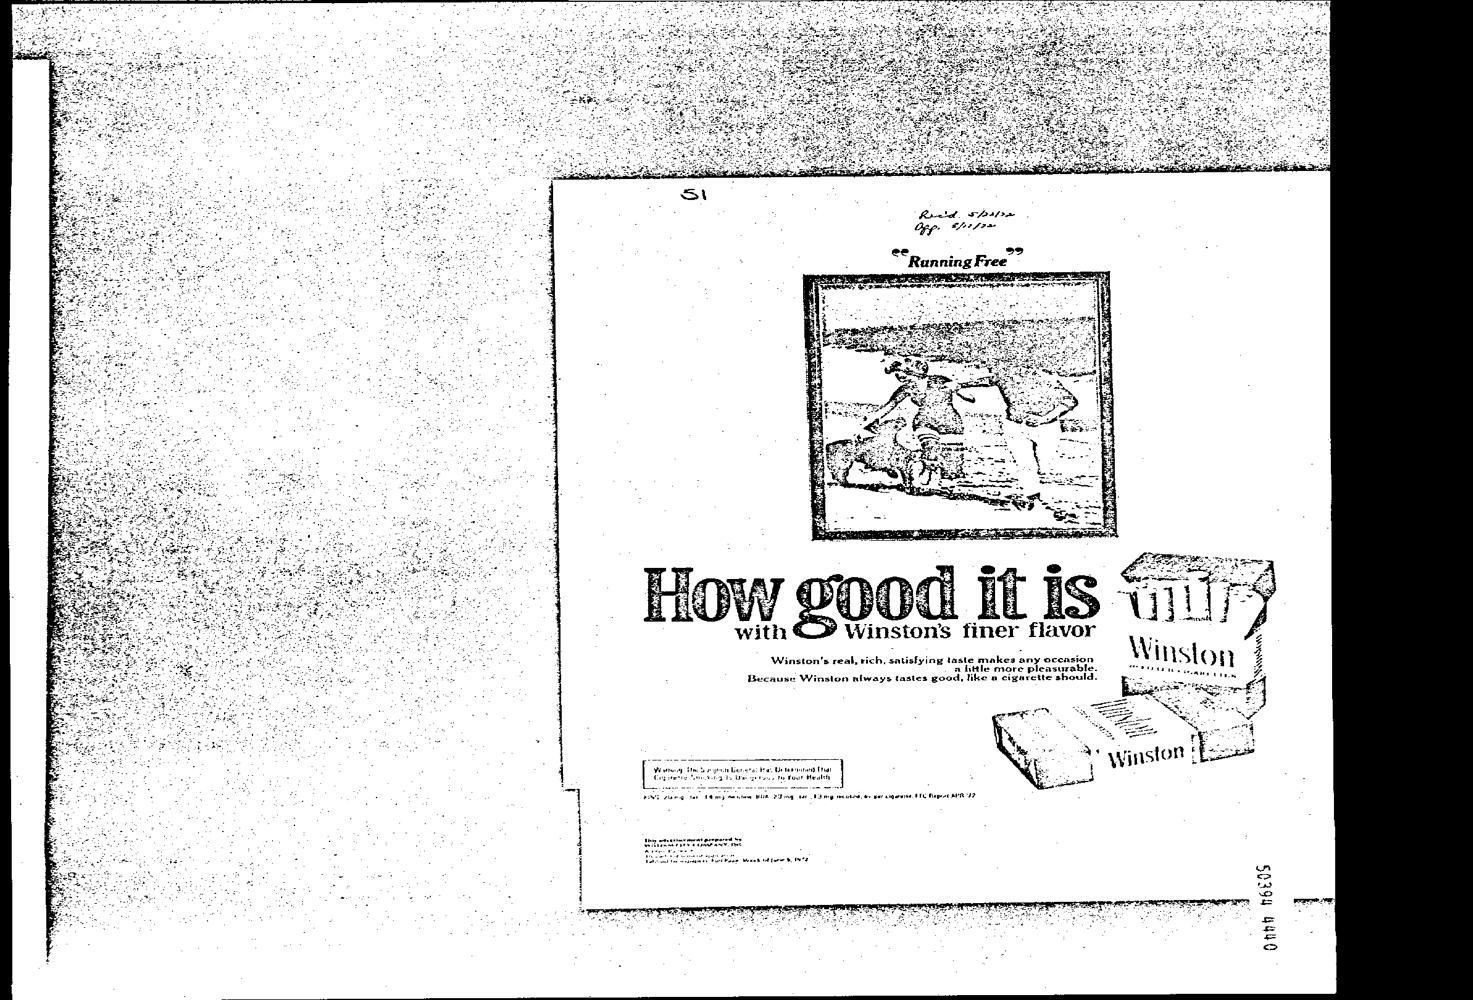
Rectal. 5 frafre
 Opp ere~
 ee 2
 Running Free
 onan needs